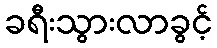
ခရီးသွားလာခွင့်